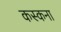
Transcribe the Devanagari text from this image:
कस्कना